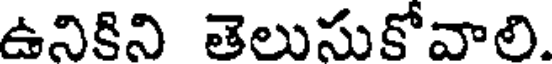
ఉనికిని తెలుసుకోవాలి.